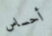
أحساس